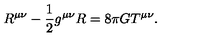
R ^ { \mu \nu } - \frac 1 2 g ^ { \mu \nu } R = 8 \pi G T ^ { \mu \nu } .